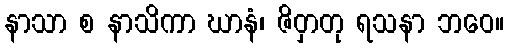
နာသာ စ နာသိကာ ဃာနံ၊ ဇိဝှာတု ရသနာ ဘဝေ။